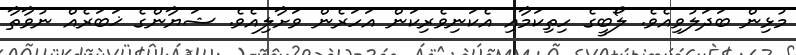
މުޅިން ބަދަލުވިއެވެ. ލޯބީގެ ހިތިކަމާއި އެކަނިވެރިކަން އަހަރެން ވަށާލިއެވެ. ޝަޔާންގެ ޚަބަރެއް ނުވާތާ